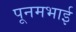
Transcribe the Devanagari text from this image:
पूनमभाई